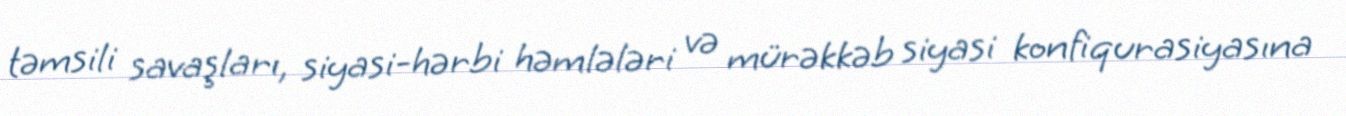
təmsili savaşları, siyasi-hərbi həmlələri və mürəkkəb siyasi konfiqurasiyasına